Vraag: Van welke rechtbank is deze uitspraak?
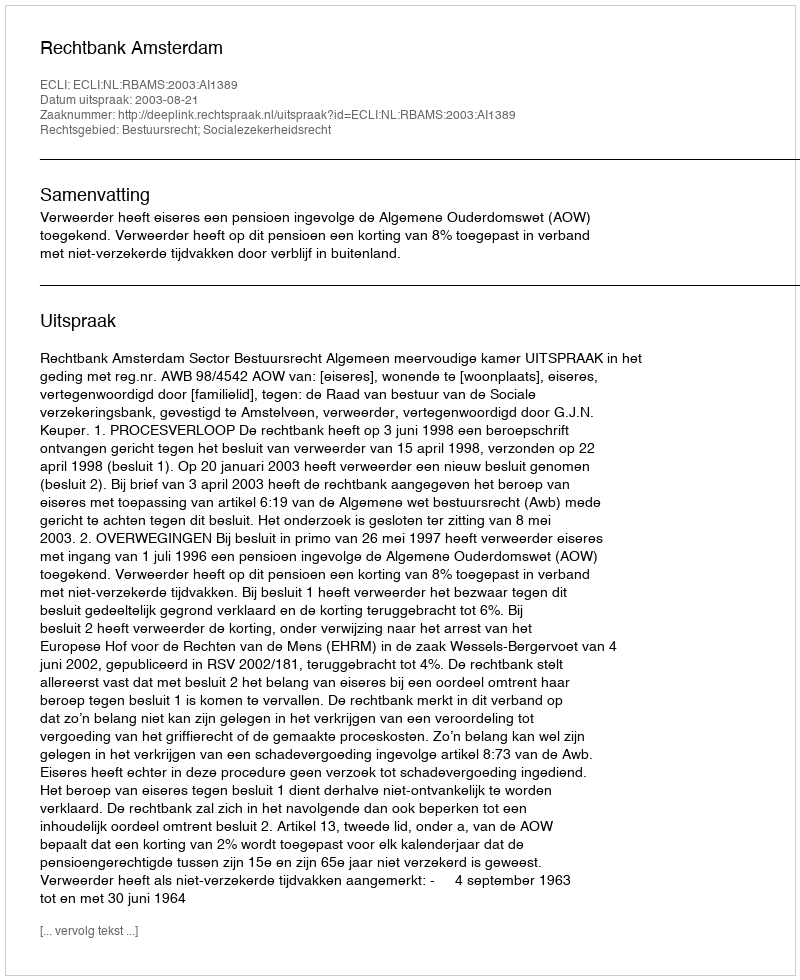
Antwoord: Rechtbank Amsterdam